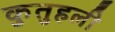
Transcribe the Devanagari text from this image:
कुतुहली